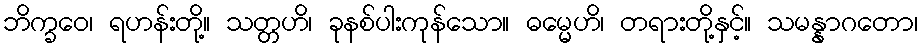
ဘိက္ခဝေ၊ ရဟန်းတို့။ သတ္တဟိ၊ ခုနစ်ပါးကုန်သော။ ဓမ္မေဟိ၊ တရားတို့နှင့်။ သမန္နာဂတော၊